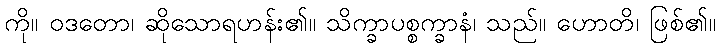
ကို။ ဝဒတော၊ ဆိုသောရဟန်း၏။ သိက္ခာပစ္စက္ခာနံ၊ သည်။ ဟောတိ၊ ဖြစ်၏။